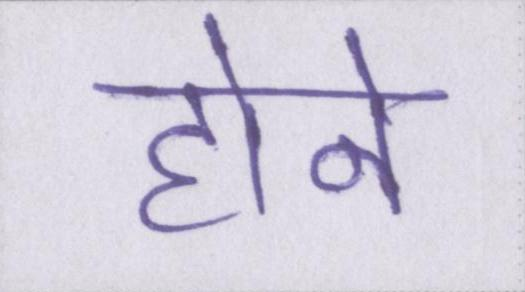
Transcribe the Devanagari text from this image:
होने